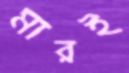
মারই